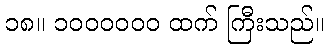
၁၈။ ၁၀၀၀၀၀၀ ထက် ကြီးသည်။